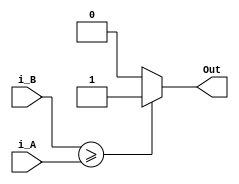
module Comparator(i_A, i_B, Out);
	parameter DATA_WIDTH = 6;

	input [DATA_WIDTH - 1:0] i_A, i_B;
	output Out;
	
	assign Out = (i_B >= i_A) ? 1'b1 : 1'b0;
endmodule